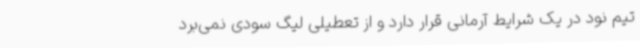
تیم نود در یک شرایط آرمانی قرار دارد و از تعطیلی لیگ سودی نمی‌برد